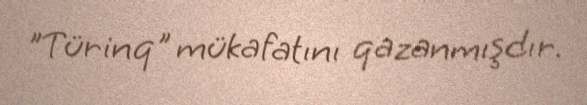
"Türinq" mükafatını qazanmışdır.